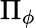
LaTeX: \Pi_{\phi}